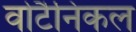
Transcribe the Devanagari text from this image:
वोटैनिकल